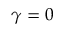
\gamma = 0